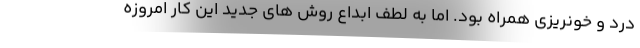
درد و خونریزی همراه بود. اما به لطف ابداع روش های جدید این کار امروزه